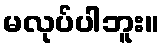
မလုပ်ပါဘူး။